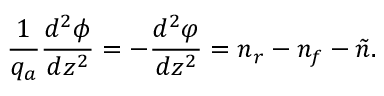
{ \frac { 1 } { q _ { a } } } { \frac { d ^ { 2 } \phi } { d z ^ { 2 } } } = - { \frac { d ^ { 2 } \varphi } { d z ^ { 2 } } } = n _ { r } - n _ { f } - \tilde { n } .